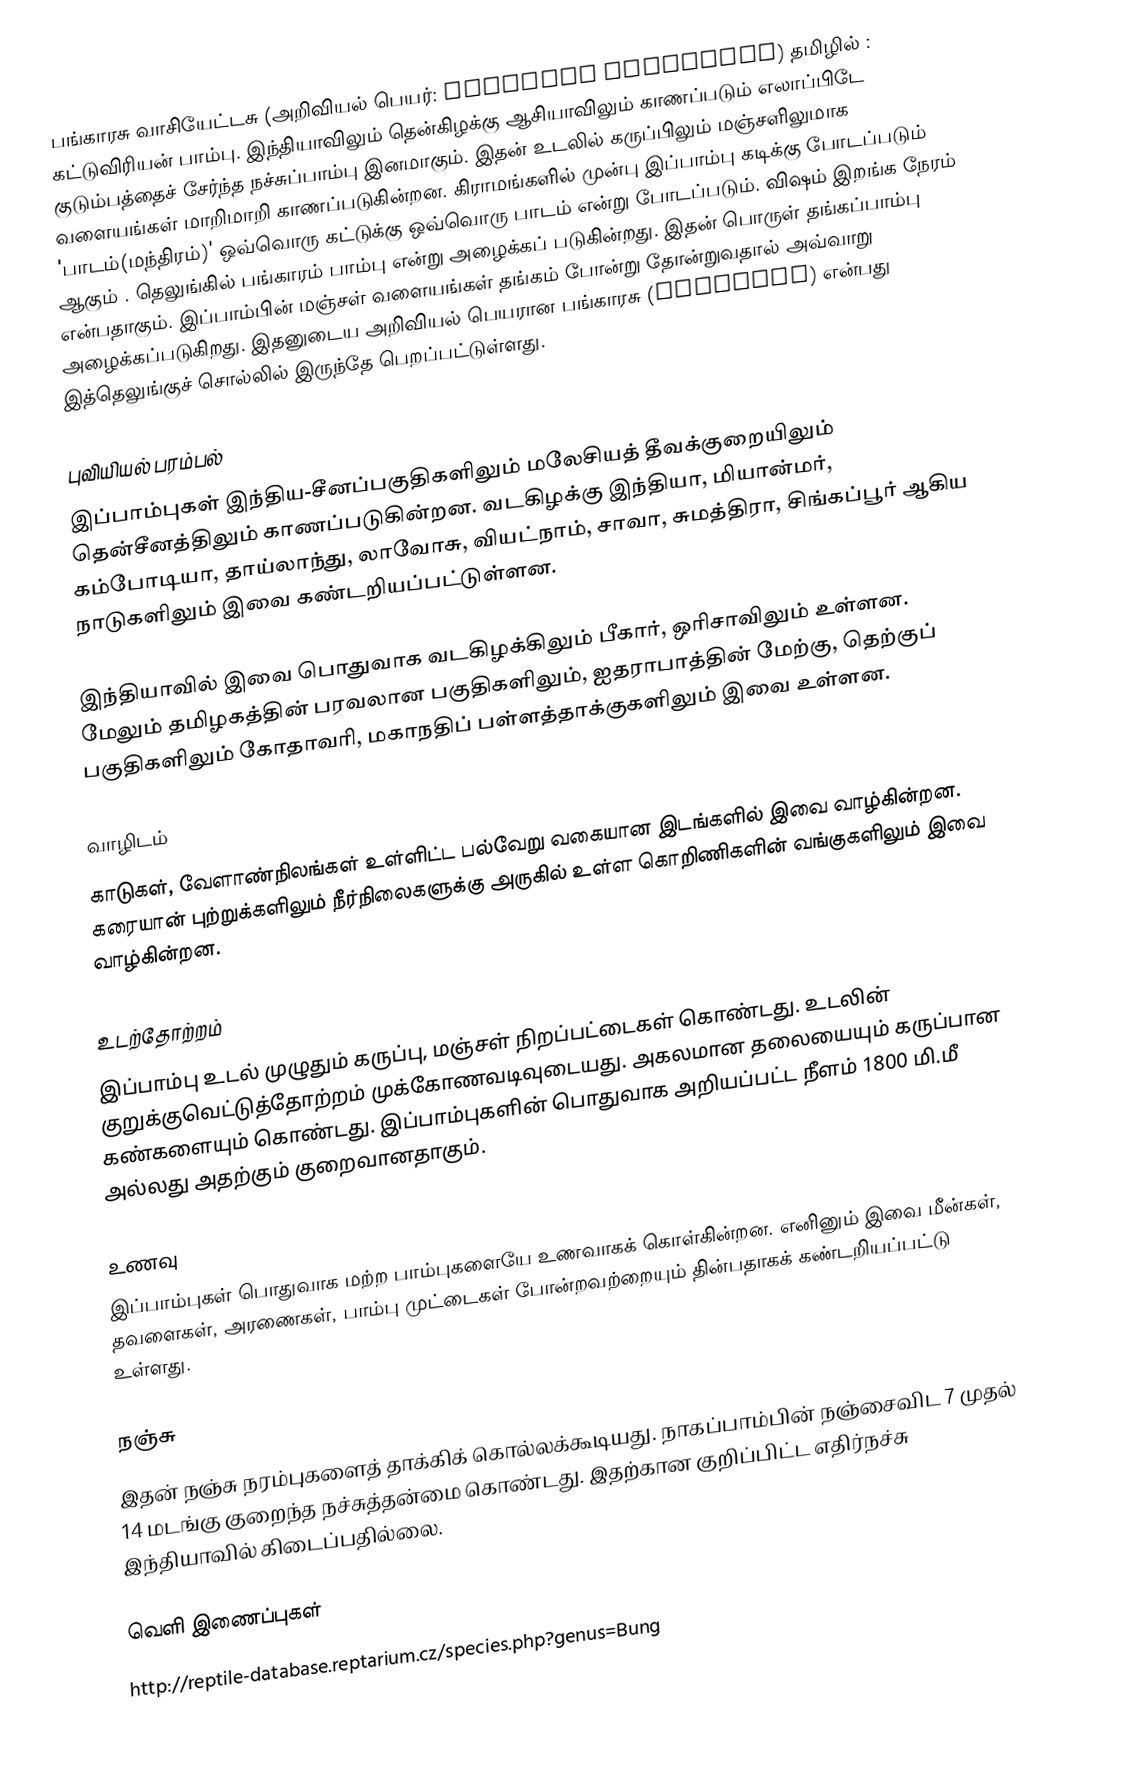
பங்காரசு வாசியேட்டசு (அறிவியல் பெயர்: Bungarus fasciatus) தமிழில் : கட்டுவிரியன் பாம்பு. இந்தியாவிலும் தென்கிழக்கு ஆசியாவிலும் காணப்படும் எலாப்பிடே குடும்பத்தைச் சேர்ந்த நச்சுப்பாம்பு இனமாகும். இதன் உடலில் கருப்பிலும் மஞ்சளிலுமாக வளையங்கள் மாறிமாறி காணப்படுகின்றன. கிராமங்களில் முன்பு இப்பாம்பு கடிக்கு போடப்படும் 'பாடம்(மந்திரம்)' ஒவ்வொரு கட்டுக்கு ஒவ்வொரு பாடம் என்று போடப்படும். விஷம் இறங்க நேரம் ஆகும் . தெலுங்கில் பங்காரம் பாம்பு என்று அழைக்கப் படுகின்றது. இதன் பொருள் தங்கப்பாம்பு என்பதாகும். இப்பாம்பின் மஞ்சள் வளையங்கள் தங்கம் போன்று தோன்றுவதால் அவ்வாறு அழைக்கப்படுகிறது. இதனுடைய அறிவியல் பெயரான பங்காரசு (Bungarus) என்பது இத்தெலுங்குச் சொல்லில் இருந்தே பெறப்பட்டுள்ளது.

புவியியல் பரம்பல்
இப்பாம்புகள் இந்திய-சீனப்பகுதிகளிலும் மலேசியத் தீவக்குறையிலும் தென்சீனத்திலும் காணப்படுகின்றன. வடகிழக்கு இந்தியா, மியான்மர், கம்போடியா, தாய்லாந்து, லாவோசு, வியட்நாம், சாவா, சுமத்திரா, சிங்கப்பூர் ஆகிய நாடுகளிலும் இவை கண்டறியப்பட்டுள்ளன.

இந்தியாவில் இவை பொதுவாக வடகிழக்கிலும் பீகார், ஒரிசாவிலும் உள்ளன. மேலும் தமிழகத்தின் பரவலான பகுதிகளிலும், ஐதராபாத்தின் மேற்கு, தெற்குப் பகுதிகளிலும் கோதாவரி, மகாநதிப் பள்ளத்தாக்குகளிலும் இவை உள்ளன.

வாழிடம்
காடுகள், வேளாண்நிலங்கள் உள்ளிட்ட பல்வேறு வகையான இடங்களில் இவை வாழ்கின்றன. கரையான் புற்றுக்களிலும் நீர்நிலைகளுக்கு அருகில் உள்ள கொறிணிகளின் வங்குகளிலும் இவை வாழ்கின்றன.

உடற்தோற்றம்
இப்பாம்பு உடல் முழுதும் கருப்பு, மஞ்சள் நிறப்பட்டைகள் கொண்டது. உடலின் குறுக்குவெட்டுத்தோற்றம் முக்கோணவடிவுடையது. அகலமான தலையையும் கருப்பான கண்களையும் கொண்டது. இப்பாம்புகளின் பொதுவாக அறியப்பட்ட நீளம் 1800 மி.மீ அல்லது அதற்கும் குறைவானதாகும்.

உணவு
இப்பாம்புகள் பொதுவாக மற்ற பாம்புகளையே உணவாகக் கொள்கின்றன. எனினும் இவை மீன்கள், தவளைகள், அரணைகள், பாம்பு முட்டைகள் போன்றவற்றையும் தின்பதாகக் கண்டறியப்பட்டு உள்ளது.

நஞ்சு
இதன் நஞ்சு நரம்புகளைத் தாக்கிக் கொல்லக்கூடியது. நாகப்பாம்பின் நஞ்சைவிட 7 முதல் 14 மடங்கு குறைந்த நச்சுத்தன்மை கொண்டது. இதற்கான குறிப்பிட்ட எதிர்நச்சு இந்தியாவில் கிடைப்பதில்லை.

வெளி இணைப்புகள்
 http://reptile-database.reptarium.cz/species.php?genus=Bung